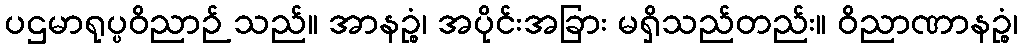
ပဌမာရုပ္ပဝိညာဉ် သည်။ အာနဉ္စံ၊ အပိုင်းအခြား မရှိသည်တည်း။ ဝိညာဏာနဉ္စံ၊